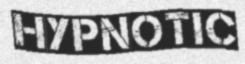
HYPNOTIC